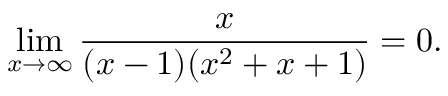
\operatorname* { l i m } _ { x \to \infty } { \frac { x } { ( x - 1 ) ( x ^ { 2 } + x + 1 ) } } = 0 .